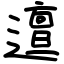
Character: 邅